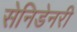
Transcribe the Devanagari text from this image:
सेनिडेनरी